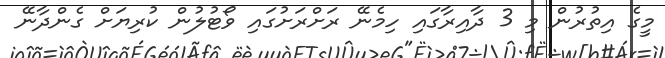
މީގެ އިތުރުން މި 3 ދާއިރާގައި ހިމެނޭ ރަށްރަށުގައި ވޯޓުލުން ކުރިޔަށް ގެންދާނޭ